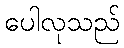
ပေါလုသည်